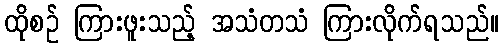
ထိုစဉ် ကြားဖူးသည့် အသံတသံ ကြားလိုက်ရသည်။